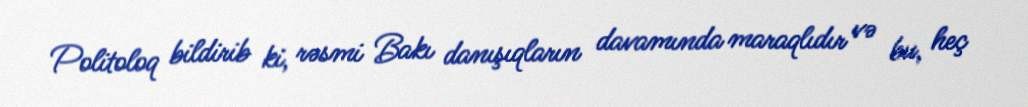
Politoloq bildirib ki, rəsmi Bakı danışıqların davamında maraqlıdır və bu, heç